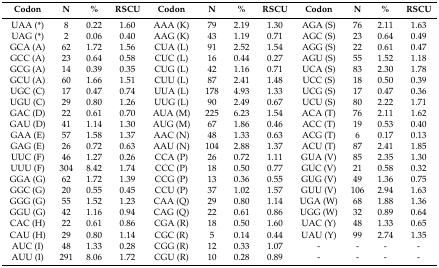
<table><thead><tr><td><b>Codon</b></td><td><b>N</b></td><td><b>%</b></td><td><b>RSCU</b></td><td><b>Codon</b></td><td><b>N</b></td><td><b>%</b></td><td><b>RSCU</b></td><td><b>Codon</b></td><td><b>N</b></td><td><b>%</b></td><td><b>RSCU</b></td></tr></thead><tbody><tr><td>UAA (*)</td><td>8</td><td>0.22</td><td>1.60</td><td>AAA (K)</td><td>79</td><td>2.19</td><td>1.30</td><td>AGA (S)</td><td>76</td><td>2.11</td><td>1.63</td></tr><tr><td>UAG (*)</td><td>2</td><td>0.06</td><td>0.40</td><td>AAG (K)</td><td>43</td><td>1.19</td><td>0.71</td><td>AGC (S)</td><td>23</td><td>0.64</td><td>0.49</td></tr><tr><td>GCA (A)</td><td>62</td><td>1.72</td><td>1.56</td><td>CUA (L)</td><td>91</td><td>2.52</td><td>1.54</td><td>AGG (S)</td><td>22</td><td>0.61</td><td>0.47</td></tr><tr><td>GCC (A)</td><td>23</td><td>0.64</td><td>0.58</td><td>CUC (L)</td><td>16</td><td>0.44</td><td>0.27</td><td>AGU (S)</td><td>55</td><td>1.52</td><td>1.18</td></tr><tr><td>GCG (A)</td><td>14</td><td>0.39</td><td>0.35</td><td>CUG (L)</td><td>42</td><td>1.16</td><td>0.71</td><td>UCA (S)</td><td>83</td><td>2.30</td><td>1.78</td></tr><tr><td>GCU (A)</td><td>60</td><td>1.66</td><td>1.51</td><td>CUU (L)</td><td>87</td><td>2.41</td><td>1.48</td><td>UCC (S)</td><td>18</td><td>0.50</td><td>0.39</td></tr><tr><td>UGC (C)</td><td>17</td><td>0.47</td><td>0.74</td><td>UUA (L)</td><td>178</td><td>4.93</td><td>1.33</td><td>UCG (S)</td><td>17</td><td>0.47</td><td>0.36</td></tr><tr><td>UGU (C)</td><td>29</td><td>0.80</td><td>1.26</td><td>UUG (L)</td><td>90</td><td>2.49</td><td>0.67</td><td>UCU (S)</td><td>80</td><td>2.22</td><td>1.71</td></tr><tr><td>GAC (D)</td><td>22</td><td>0.61</td><td>0.70</td><td>AUA (M)</td><td>225</td><td>6.23</td><td>1.54</td><td>ACA (T)</td><td>76</td><td>2.11</td><td>1.62</td></tr><tr><td>GAU (D)</td><td>41</td><td>1.14</td><td>1.30</td><td>AUG (M)</td><td>67</td><td>1.86</td><td>0.46</td><td>ACC (T)</td><td>19</td><td>0.53</td><td>0.40</td></tr><tr><td>GAA (E)</td><td>57</td><td>1.58</td><td>1.37</td><td>AAC (N)</td><td>48</td><td>1.33</td><td>0.63</td><td>ACG (T)</td><td>6</td><td>0.17</td><td>0.13</td></tr><tr><td>GAG (E)</td><td>26</td><td>0.72</td><td>0.63</td><td>AAU (N)</td><td>104</td><td>2.88</td><td>1.37</td><td>ACU (T)</td><td>87</td><td>2.41</td><td>1.85</td></tr><tr><td>UUC (F)</td><td>46</td><td>1.27</td><td>0.26</td><td>CCA (P)</td><td>26</td><td>0.72</td><td>1.11</td><td>GUA (V)</td><td>85</td><td>2.35</td><td>1.30</td></tr><tr><td>UUU (F)</td><td>304</td><td>8.42</td><td>1.74</td><td>CCC (P)</td><td>18</td><td>0.50</td><td>0.77</td><td>GUC (V)</td><td>21</td><td>0.58</td><td>0.32</td></tr><tr><td>GGA (G)</td><td>62</td><td>1.72</td><td>1.39</td><td>CCG (P)</td><td>13</td><td>0.36</td><td>0.55</td><td>GUG (V)</td><td>49</td><td>1.36</td><td>0.75</td></tr><tr><td>GGC (G)</td><td>20</td><td>0.55</td><td>0.45</td><td>CCU (P)</td><td>37</td><td>1.02</td><td>1.57</td><td>GUU (V)</td><td>106</td><td>2.94</td><td>1.63</td></tr><tr><td>GGG (G)</td><td>55</td><td>1.52</td><td>1.23</td><td>CAA (Q)</td><td>29</td><td>0.80</td><td>1.14</td><td>UGA (W)</td><td>68</td><td>1.88</td><td>1.36</td></tr><tr><td>GGU (G)</td><td>42</td><td>1.16</td><td>0.94</td><td>CAG (Q)</td><td>22</td><td>0.61</td><td>0.86</td><td>UGG (W)</td><td>32</td><td>0.89</td><td>0.64</td></tr><tr><td>CAC (H)</td><td>22</td><td>0.61</td><td>0.86</td><td>CGA (R)</td><td>18</td><td>0.50</td><td>1.60</td><td>UAC (Y)</td><td>48</td><td>1.33</td><td>0.65</td></tr><tr><td>CAU (H)</td><td>29</td><td>0.80</td><td>1.14</td><td>CGC (R)</td><td>5</td><td>0.14</td><td>0.44</td><td>UAU (Y)</td><td>99</td><td>2.74</td><td>1.35</td></tr><tr><td>AUC (I)</td><td>48</td><td>1.33</td><td>0.28</td><td>CGG (R)</td><td>12</td><td>0.33</td><td>1.07</td><td>-</td><td>-</td><td>-</td><td>-</td></tr><tr><td>AUU (I)</td><td>291</td><td>8.06</td><td>1.72</td><td>CGU (R)</td><td>10</td><td>0.28</td><td>0.89</td><td>-</td><td>-</td><td>-</td><td>-</td></tr></tbody></table>